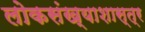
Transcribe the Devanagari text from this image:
लोकसंख्याशास्त्र